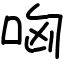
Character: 哅